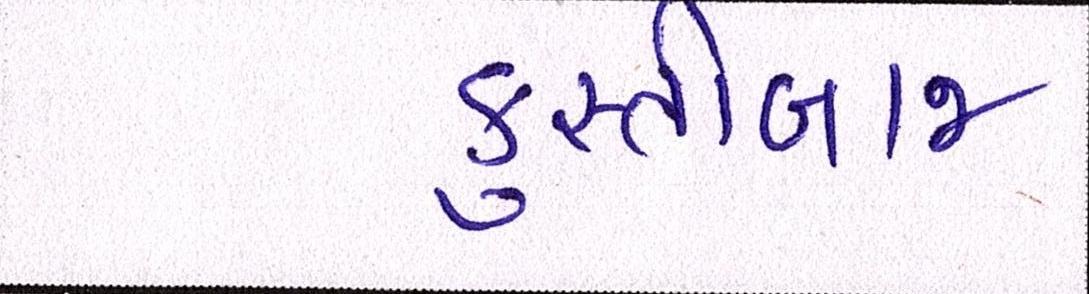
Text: કુસ્તીબાજ